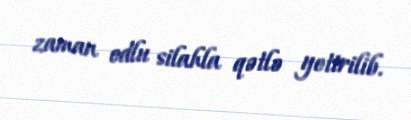
zaman odlu silahla qətlə yetirilib.